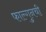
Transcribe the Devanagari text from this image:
फाल्गुनची